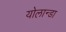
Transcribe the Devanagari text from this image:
योलान्डा